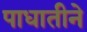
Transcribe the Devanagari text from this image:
पाधातीने